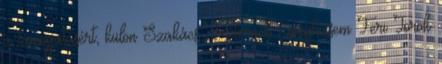
a támogatásért, külön Szakács Péternek , megkössem Feri Török